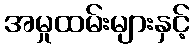
အမှုထမ်းများနှင့်